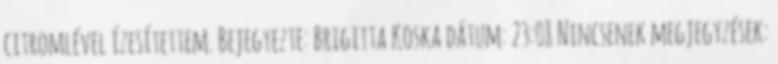
citromlével ízesítettem. Bejegyezte: Brigitta Koska dátum: 23:08 Nincsenek megjegyzések: